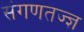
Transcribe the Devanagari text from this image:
संगणतज्ज्ञ